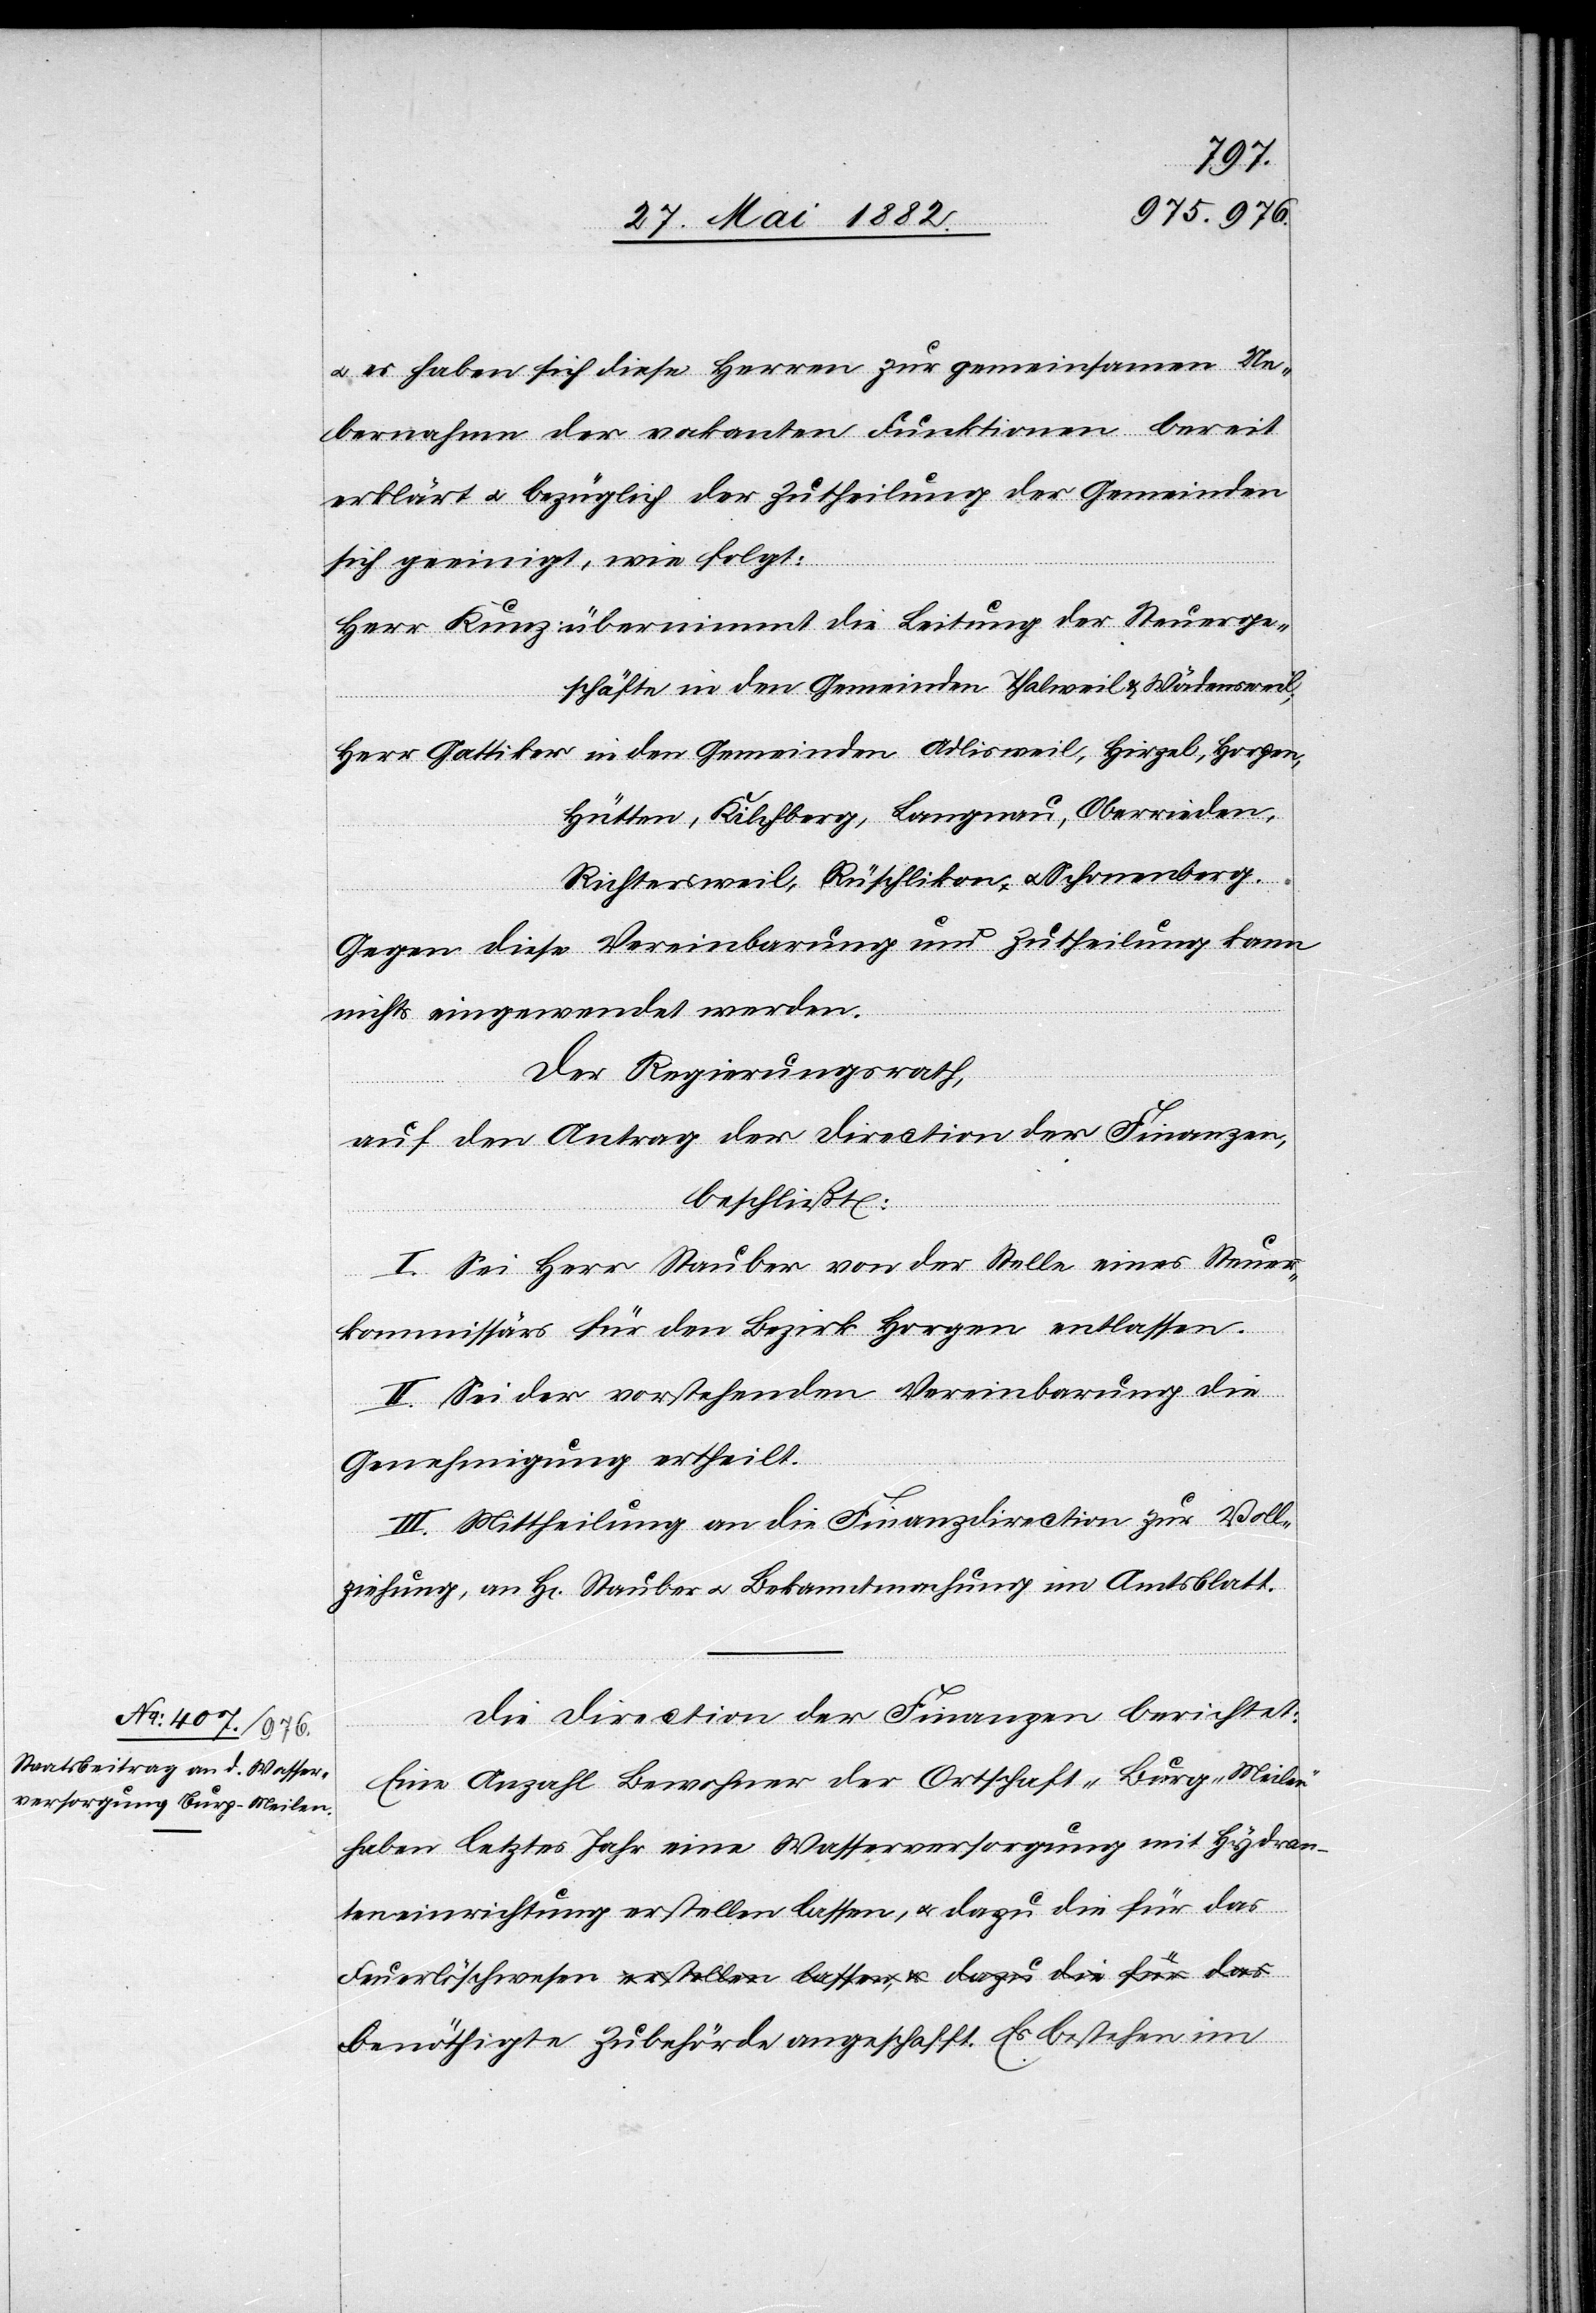
u. es haben sich diese Herren zur gemeinsamen Ue¬
bernahme der vakanten Funktionen bereit
erklärt u. bezüglich der Zutheilung der Gemeinden
sich geeinigt wie folgt:
Herr Kunz übernimmt die Leitung der Steuerge¬
schäfte in den Gemeinden Thalweil & Wädensweil;
Herr Gattiker in den Gemeinden Adlisweil, Hirzel, Horgen,
Hütten, Kilchberg, Langnau, Oberrieden,
Richtersweil, Rüschlikon u. Schönenberg.
Gegen diese Vereinbarung und Zutheilung kann
nichts eingewendet werden.
Der Regierungsrath,
auf den Antrag der Direction der Finanzen,
beschließt:
I. Sei Herr Stauber von der Stelle eines Steuer¬
kommissärs für den Bezirk Horgen entlassen.
II. Sei der vorstehenden Vereinbarung die
Genehmigung ertheilt.
III. Mittheilung an die Finanzdirection zur Voll¬
ziehung, an H[rn]. Stauber u. Bekanntmachung im Amtsblatt.
Die Direction der Finanzen berichtet:
Eine Anzahl Bewohner der Ortschaft „Burg-Meilen“
haben letztes Jahr eine Wasserversorgung mit Hydran¬
teneinrichtung erstellen lassen, u. dazu die für das
Feuerlöschwesen a-erstellen lassen, & dazu die für das-a
benöthigte Zubehörde angeschafft. Es bestehen im